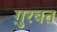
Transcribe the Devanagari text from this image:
ग़ुरबत